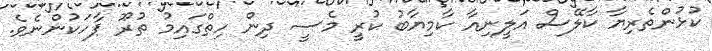
ކުޅުންތެރިޔާ ކާލޭސް އަލީނިއާ ކާމިޔާބު ކުރީ މެސީ ދިން ހިތްގައިމު ތުރޫ ޕާހަކުންނެވެ.